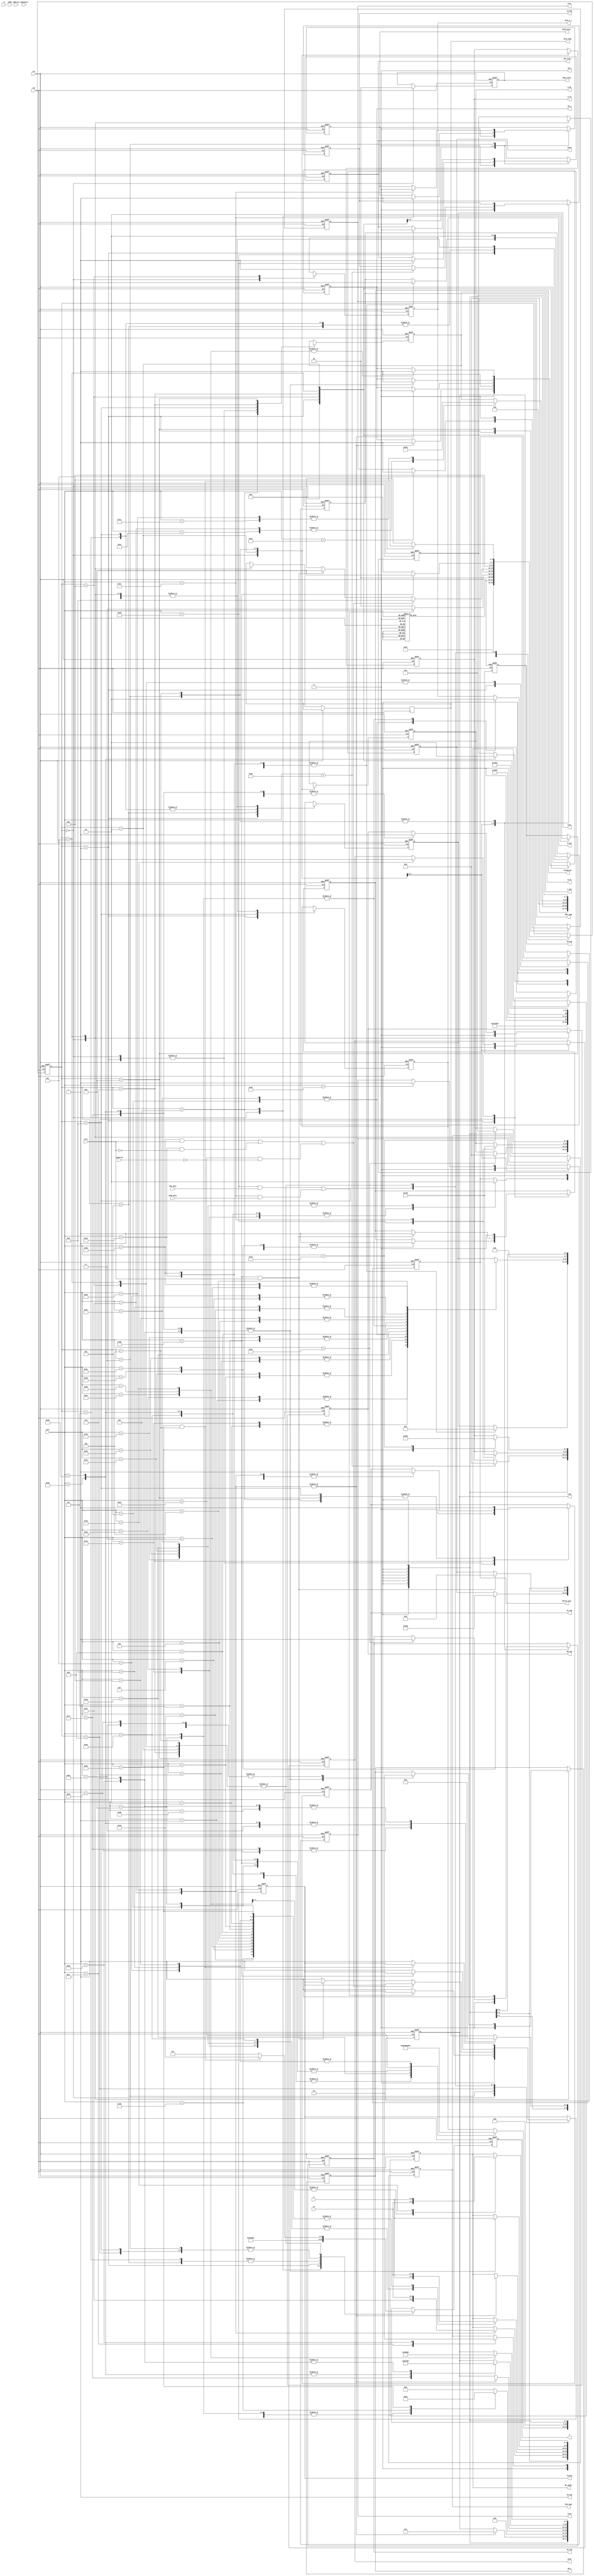
`timescale 1ns / 1ns
module cu(
    input clk,
    input rst,
    input zero,
    input negative,
    output reg DIV_start,
    output reg DIVU_start,
    input DIV_busy,
    input DIVU_busy,
    input [4:0] rs,
    input [4:0] rt,
    input [4:0] rd,
    input [4:0] shamt,
    input [15:0] immediate,
    input [25:0] address,
    input [5:0] inst,
    
    output reg PC_ena,
    output IM_ena, 
    output IM_w,
    output reg IR_ena,
    output reg DM_ena,   
    output reg DM_w,
    output reg [1:0] data_type,
    output reg RF_w,
    output reg [4:0] RF_waddr,
    output reg Z_ena,
    output reg [3:0] aluc,
    output reg HI_ena,
    output reg LO_ena,
    output reg [7:0] M_PC,
    output reg [7:0] M_RF,
    output reg [7:0] M_ALU,
    output reg [7:0] M_HI,
    output reg [7:0] M_LO,
    output reg EXT16_sign,
    output reg EXT1_n_c,
    output reg CBW_sign,
    output reg CHW_sign,
    output reg mfc0,
    output reg mtc0,
    output reg exception,
    output reg eret,
    output reg [4:0] cause,
    output reg finish,
    output reg [1:0]jump_class,
    output reg [4:0]T
    );
    assign IM_ena = 1;
    assign IM_w = 0;
    


    parameter Wdata=2'b00,Hdata=2'b01,Bdata=2'b10;
    
    //6
    parameter ADD=6'd1,ADDU=6'd2,SUB=6'd3,SUBU=6'd4,AND=6'd5,OR=6'd6,XOR=6'd7,NOR=6'd8,SLT=6'd9,SLTU=6'd10,SLL=6'd11,SRL=6'd12,SRA=6'd13,SLLV=6'd14,SRLV=6'd15,SRAV=6'd16,JR=6'd17,
    ADDI=6'd18,ADDIU=6'd19,ANDI=6'd20,ORI=6'd21,XORI=6'd22,LW=6'd23,SW=6'd24,BEQ=6'd25,BNE=6'd26,SLTI=6'd27,SLTIU=6'd28,LUI=6'd29,J=6'd30,JAL=6'd31,
    DIV=6'd32,DIVU=6'd33,MUL=6'd34,MULTU=6'd35,BGEZ=6'd36,JALR=6'd37,LBU=6'd38,LHU=6'd39,LB=6'd40,LH=6'd41,SB=6'd42,SH=6'd43,BREAK=6'd44,SYSCALL=6'd45,ERET=6'd46,MFHI=6'd47,MFLO=6'd48,
    MTHI=6'd49,MTLO=6'd50,MFC0=6'd51,MTC0=6'd52,CLZ=6'd53,TEQ=6'd54;//multmul
    
    //
    parameter SIF = 4'b0000, SID = 4'b0001, SEXE_M = 4'b0010, SEXE_DIV = 4'b0011, SEXE_MULT = 4'b0100,SPC = 4'b0101,SEXE_J = 4'b0110, 
    SEXE_LS = 4'b0111, SEXE_B1 = 4'b1000, SEXE_BREAK = 4'b1001, SEXE_ALU = 4'b1010, SWB_REG = 4'b1011, SMEM_LS = 4'b1100, SEXE_B2 = 4'b1101;

    //
    reg [3:0] state;
    
    /***********************************/
    //PC
    parameter mux_pc_NPC=8'd0,mux_pc_Rs=8'd1,mux_pc_ALU=8'd2,mux_pc_II=8'd3;
    parameter mux_pc_EPC=8'd4;//EPC, EPC
    //regfile
    parameter mux_rf_ALU=8'd0,mux_rf_EXT1=8'd1,mux_rf_DM_Data=8'd2,mux_rf_PC=8'd3,mux_rf_CLZ=8'd4,mux_rf_HI=8'd5,mux_rf_LO=8'd6,mux_rf_CBW=8'd7,mux_rf_CHW=8'd8,mux_rf_CPR=8'd9,mux_rf_NPC=8'd10;
    //alu
    parameter mux_alu_Rs_Rt=8'd0,mux_alu_ext5_Rt=8'd1,mux_alu_Rs_EXT16=8'd2,mux_alu_x_EXT16=8'd3,mux_alu_Rs_0=8'd4,mux_alu_EXT18_PC=8'd5;
    //hilo
    parameter mux_hi_Rs=8'd0,mux_hi_DIV=8'd1,mux_hi_DIVU=8'd2,mux_hi_MUL=8'd3,mux_hi_MULTU=8'd4;
    parameter mux_lo_Rs=8'd0,mux_lo_DIV=8'd1,mux_lo_DIVU=8'd2,mux_lo_MUL=8'd3,mux_lo_MULTU=8'd4;

    //ExcCodeException Code01000syscall01001break01101teq
    parameter EXC_syscall=5'b01000,EXC_break=5'b01001,EXC_teq=5'b01101;
    
    //
    always@(posedge clk or posedge rst)
    begin
        if(rst)
        begin
            state<=SIF;
            finish<=1;
            T<=5'b00001;
        end
        else
        begin
            case(state)
            SIF:begin
                state<=SPC;
                finish<=0;
                T<=5'b00010;
            end
            SPC:begin
                state<=SID;
                T<=5'b00100;
            end
            SID:begin
                T<=5'b01000;

                case(inst)
                MFHI,MFLO,MFC0,MTC0,MTHI,MTLO:state<=SEXE_M;
                DIV,DIVU:state<=SEXE_DIV;
                MUL,MULTU:state<=SEXE_MULT;
                CLZ:state<=SWB_REG;
                J,JAL,JR,JALR:state<=SEXE_J;
                LB,LBU,LH,LHU,LW,SB,SH,SW:state<=SEXE_LS;
                BEQ,BNE,BGEZ,TEQ:state<=SEXE_B1;
                SYSCALL,ERET,BREAK:state<=SEXE_BREAK;
                default:state<=SEXE_ALU;
                endcase
            end
            SEXE_DIV:begin
                T<=5'b00001;

                if((inst==DIV&&DIV_busy)||(inst==DIVU&&DIVU_busy)) state<=SEXE_DIV;
                else begin 
                    state<=SIF;
                    finish<=1;
                end
            end
            SEXE_LS:begin
                T<=5'b10000;
                state<=SMEM_LS;
            end
            SEXE_B1:begin
                T<=5'b00001;
                if((inst==BEQ&&zero)||(inst==BNE&&~zero)||(inst==BGEZ&&~negative)) state<=SEXE_B2;
                else if(inst==TEQ&&zero) state<=SEXE_BREAK;
                else begin
                    state<=SIF;
                    finish<=1;
                end
            end
            SEXE_ALU:begin
                T<=5'b10000;
                state<=SWB_REG;
            end
            SEXE_B2:begin
                T<=5'b00001;
                if(inst==TEQ)  state<=SEXE_BREAK;
                else
                begin
                    state<=SIF;
                    finish<=1;
                end
            end
            SEXE_BREAK,SWB_REG,SMEM_LS,SEXE_J,SEXE_MULT,SEXE_M:
            begin
                if(inst==MUL&&state==SEXE_MULT)begin
                    T<=5'b10000;
                    state<=SWB_REG;//rg
                end
                else begin
                    T<=5'b00001;
                    state<=SIF;
                    finish<=1;
                end
            end
            endcase
        end
    end
    
    //
    always@(posedge clk or posedge rst)
    begin
        if(rst)//
        begin
            DIV_start<=0;
            DIVU_start<=0;
            PC_ena<=0;
            IR_ena<=0;
            M_PC<=8'bxxxxxxxx;
            DM_ena<=0;
            DM_w<=0;
            RF_w<=0;
            Z_ena<=0;
            aluc<=4'bxxxx;
            HI_ena<=0;
            LO_ena<=0;
            RF_waddr<=5'bxxxxx;
            M_RF<=8'bxxxxxxxx;
            M_ALU<=8'bxxxxxxxx;
            M_HI<=8'bxxxxxxxx;
            M_LO<=8'bxxxxxxxx;
            EXT16_sign<=1'bx;
            EXT1_n_c<=1'bx;
            CBW_sign<=1'bx;
            CHW_sign<=1'bx;
            mfc0<=0;
            mtc0<=0;
            exception<=0;
            eret<=0;
            cause<=5'bxxxxx;
            jump_class=2'b00;
        end
        else
        begin
            case(state)
                SIF:begin//SIF
                    DIV_start<=0;
                    DIVU_start<=0;
                    PC_ena<=0;
                    M_PC<=8'bxxxxxxxx;
                    DM_ena<=0;
                    DM_w<=0;
                    data_type<=2'bxx;
                    RF_w<=0;
                    RF_waddr<=5'bxxxxx;
                    M_RF<=8'bxxxxxxxx;
                    EXT1_n_c<=1'bx;
                    M_ALU<=8'bxxxxxxxx;//5'bxxxxx;
                    Z_ena<=0;
                    aluc<=4'bxxxx;
                    HI_ena<=0;
                    LO_ena<=0;
                    M_HI<=8'bxxxxxxxx;
                    M_LO<=8'bxxxxxxxx;
                    CBW_sign<=1'bx;
                    CHW_sign<=1'bx;
                    mfc0<=0;
                    mtc0<=0;
                    jump_class<=2'b00;
                              
                    IR_ena<=1;//IR    
                end
                SPC:begin
                    IR_ena<=0;
                    
                    PC_ena<=1;//PCPCNPC
                    M_PC<=mux_pc_NPC;
                end
                SID:begin//SID
                    PC_ena<=0;
                    M_PC<=8'bxxxxxxxx;

                    case(inst)
                    ADDI,ADDIU,SLTI,LW,SW,LB,SB,LBU,LHU,LH,SH:begin
                        M_ALU<=mux_alu_Rs_EXT16;//5'b01xx0;//rsext16
                        EXT16_sign<=1;
                    end
                    ANDI,ORI,SLTIU,XORI:begin
                        M_ALU<=mux_alu_Rs_EXT16;//5'b01xx0;
                        EXT16_sign<=0;
                    end
                    LUI:begin
                        M_ALU<=mux_alu_x_EXT16;//5'bx1xx0;
                        EXT16_sign<=0;
                    end
                    ADDU,AND,XOR,NOR,OR,SLLV,SLTU,SUBU,ADD,SUB,SLT,SRLV,SRAV:
                        M_ALU<=mux_alu_Rs_Rt;//5'b00xxx;rsrtalu
                    BEQ,BNE,TEQ:begin//beqRs_EXT16
                        M_ALU<=mux_alu_Rs_Rt;//5'b00xxx;//rsrt
                        Z_ena<=1;
                        aluc<=4'b0011;
                    end
                    BGEZ:begin
                        M_ALU<=mux_alu_Rs_0;
                        Z_ena<=1;
                        aluc<=4'b0011;
                    end
                    J,JR:;//JJR
                    //5
                    //CP0
                    JAL:begin
                        RF_w<=1;//PC31
                        RF_waddr<=5'd31;//rf31
                        M_RF<=mux_rf_PC;//9'b1000x0xxx;//rfpcrf
                    end
                    JALR:begin
                        // // RF_w<=0;//rfrf0
                        // // RF_waddr<=5'bxxxxx;
                        // // M_RF<=8'bxxxxxxxx;
                        
                        // PC_ena<=1;
                        // M_PC<=mux_pc_Rs;

                        RF_w<=1;//reg31
                        RF_waddr<=rd;//addrrdrdrd
                        M_RF<=mux_rf_PC;//rfpcrf
                    end
                    SLL,SRA,SRL:begin
                        M_ALU<=mux_alu_ext5_Rt;//alu
                    end
                    CLZ,MFHI,MTHI,MFLO,MTLO,MFC0,MFC0:;
                    // MFC0:
                    //     mfc0<=1;
                    // MFC0:
                    //     mtc0<=1;
                    DIV:DIV_start<=1;
                    DIVU:DIVU_start<=1;
                    MUL,MULTU:;
                    SYSCALL:begin//
                        exception<=1;
                        cause<=EXC_syscall;
                    end
                    ERET:begin
                        exception<=1;
                        eret<=1;
                    end
                    BREAK:begin
                        exception<=1;
                        cause<=EXC_break;
                    end
                    endcase
                end
                SEXE_ALU:begin//ALU
                    Z_ena<=1;
                    case(inst)
                    BEQ://beq
                        aluc<=4'b0011;
                    ADDI,ADD:
                        // aluc<=4'b001x;
                        aluc<=4'b0010;
                    ADDIU,ADDU:
                        aluc<=4'b0000;
                    ANDI,AND:
                        aluc<=4'b0100;
                    ORI,OR:
                        aluc<=4'b0101;
                    SLTIU,SLTU:
                        aluc<=4'b1010;
                    LUI:
                        aluc<=4'b100x;
                    XORI,XOR:
                        aluc<=4'b0110;
                    SLTI,SLT:
                        aluc<=4'b1011;
                    NOR:
                        aluc<=4'b0111;
                    SLL,SLLV:
                        aluc<=4'b111x;
                    SRA,SRAV:
                        aluc<=4'b1100;
                    SRL,SRLV:
                        aluc<=4'b1101;
                    SUBU:
                        aluc<=4'b0001;
                    SUB:
                        aluc<=4'b0011;
                    endcase
                end
                SWB_REG:begin //
                    Z_ena<=0;
                    M_ALU<=8'bxxxxxxxx;//5'bxxxxx;
                    EXT16_sign<=1'bx;
                    aluc<=4'bxxxx;
                
                    RF_w<=1;        
                    case(inst)
                    ADDI,ADDIU,ANDI,ORI,SLTIU,LUI,XORI,SLTI:begin
                        RF_waddr<=rt;//tr
                        // M_RF<=mux_rf_ALU;//addialuorlui
                    end
                    ADDU,AND,XOR,NOR,OR,SLL,SLLV,SLTU,SRA,SRL,SUBU,ADD,SUB,SLT,SRLV,SRAV,CLZ,MUL:begin
                        RF_waddr<=rd;//rfrd
                        // M_RF<=mux_rf_ALU;
                    end
                    endcase
                            
                    case(inst)
                    SLTIU,SLTU:begin
                        M_RF<=mux_rf_EXT1;//9'b101x1xxxx;//ext1
                        EXT1_n_c<=1;
                    end
                    SLTI,SLT:begin
                        M_RF<=mux_rf_EXT1;//9'b101x1xxxx;//ext1if
                        EXT1_n_c<=0;
                    end
                    CLZ:
                        M_RF<=mux_rf_CLZ;
                    MUL:
                        M_RF<=mux_rf_LO;
                    default:M_RF<=mux_rf_ALU;//9'b101x0xxxx;//aluif
                    endcase
                end
                SEXE_B1:begin//BEQ,BNE,BGEZ,TEQ,
                    M_ALU<=8'bxxxxxxxx;//5'bxxxxx;//
                    //XXX
                    Z_ena<=0;
                    aluc<=4'bxxxx;
                    
                    if(inst==TEQ&&zero)
                    begin
                        exception<=1;
                        cause<=EXC_teq;
                    end
                end
                SEXE_B2:begin//BEQ&ZERO|BNE&~ZERO|BGEZ&~NEG  alu
                    M_ALU<=mux_alu_EXT18_PC;//pcaluext18
                    Z_ena<=1;
                    aluc<=4'b0010;
                    PC_ena<=1;
                    M_PC<=mux_pc_ALU;
                end
                SEXE_J:begin//
                    case(inst)
                    J:begin
                        PC_ena<=1;
                        M_PC<=mux_pc_II;
                    end
                    JAL:begin
                        RF_w<=0;//rf0
                        RF_waddr<=5'bxxxxx;
                        M_RF<=8'bxxxxxxxx;//9'bxxxxxxxxx;
                        
                        PC_ena<=1;
                        M_PC<=mux_pc_II;
                    end
                    JR:begin
                        PC_ena<=1;
                        M_PC<=mux_pc_Rs;
                    end
                    JALR:begin
                        // RF_w<=1;//reg31
                        // RF_waddr<=rd;//addrrdrdrd
                        // M_RF<=mux_rf_NPC;//rfpcrf
                        
                        RF_w<=0;//rfrf0
                        RF_waddr<=5'bxxxxx;
                        M_RF<=8'bxxxxxxxx;
                        
                        PC_ena<=1;
                        M_PC<=mux_pc_Rs;
                    end
                    endcase        
                end
                SEXE_LS:begin //LB,LBU,LH,LHU,LW,SB,SH,SW
                    Z_ena<=1;//Z
                    aluc<=4'b0010;
                end
                SMEM_LS:begin //               
                    Z_ena<=0;//Z
                    M_ALU<=8'bxxxxxxxx;//5'bxxxxx;
                    EXT16_sign<=1'bx;
                    aluc<=4'bxxxx;
                    
                    case(inst)
                    LW:begin
                        DM_ena<=1;
                        DM_w<=0;
                        data_type<=Wdata;//data
                        RF_w<=1;//RF
                        RF_waddr<=rt;//rt
                        M_RF<=mux_rf_DM_Data;//9'b1001xxx1x;
                    end
                    SW:begin
                        DM_ena<=1;
                        DM_w<=1;
                        data_type<=Wdata;
                    end
                    LB:begin
                        DM_ena<=1;
                        DM_w<=0;
                        data_type<=Bdata;//8
                        RF_w<=1;
                        RF_waddr<=rt;//load byte
                        M_RF<=mux_rf_CBW;
                        CBW_sign<=1;
                    end
                    SB:begin
                        DM_ena<=1;
                        DM_w<=1;
                        data_type<=Bdata;//8
                    end
                    LBU:begin
                        DM_ena<=1;
                        DM_w<=0;
                        data_type<=Bdata;//8
                        RF_w<=1;
                        RF_waddr<=rt;
                        M_RF<=mux_rf_CBW;
                        CBW_sign<=0;
                    end
                    LHU:begin
                        DM_ena<=1;
                        DM_w<=0;
                        data_type<=Hdata;//
                        RF_w<=1;
                        RF_waddr<=rt;
                        M_RF<=mux_rf_CHW;
                        CHW_sign<=0;
                    end
                    LH:begin
                        DM_ena<=1;
                        DM_w<=0;
                        data_type<=Hdata;//
                        RF_w<=1;
                        RF_waddr<=rt;
                        M_RF<=mux_rf_CHW;
                        CHW_sign<=1;
                    end
                    SH:begin
                        DM_ena<=1;
                        DM_w<=1;
                        data_type<=Hdata;//
                    end
                    endcase
                end
                SEXE_M:begin//MFHI,MFLO,MFC0,MTHI,MTLO,MTC0  
                    case(inst)
                    MFHI:begin
                        RF_w<=1; 
                        RF_waddr<=rd;
                        M_RF<=mux_rf_HI;
                    end
                    MTHI:begin
                        HI_ena<=1;
                        M_HI<=mux_hi_Rs;
                    end
                    MFLO:begin
                        RF_w<=1;
                        RF_waddr<=rd;
                        M_RF<=mux_rf_LO;
                    end
                    MTLO:begin
                        LO_ena<=1;
                        M_LO<=mux_lo_Rs;
                    end

                    MFC0:begin
                        mfc0<=1;
                        RF_w<=1;//mfc0
                        RF_waddr<=rt;
                        M_RF<=mux_rf_CPR;//CPRCPU
                    end
                    MTC0:begin
                        mtc0<=1;
                    end
                    endcase
                end
                SEXE_DIV:begin
                    HI_ena<=1;
                    LO_ena<=1;
                    case(inst)
                    DIV:begin DIV_start<=0;M_HI<=mux_hi_DIV;M_LO<=mux_lo_DIV;end
                    DIVU:begin DIVU_start<=0;M_HI<=mux_hi_DIVU;M_LO<=mux_lo_DIVU;end
                    endcase
                end
                SEXE_MULT:begin
                    HI_ena<=1;
                    LO_ena<=1;
                    case(inst)
                    MUL:begin M_LO<=mux_lo_MUL;end//M_HI<=mux_hi_MUL; fyl hi
                    MULTU:begin M_HI<=mux_hi_MULTU;M_LO<=mux_lo_MULTU;end
                    endcase
                end
                SEXE_BREAK:begin//SYSCALL,ERET,BREAK
                    exception<=0;//break
                    eret<=0;
                    cause<=5'bxxxxx;
                
                    PC_ena<=1;
                    M_PC<=mux_pc_EPC;
                end
            endcase
        end
    end
endmodule